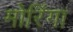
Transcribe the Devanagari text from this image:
मोरिंगा